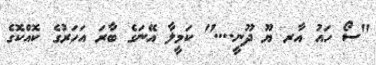
"ސޯ ހައު އާރ ޔޫ ދޫނީ...." ކަމީލާ އޭނަގެ ބާރަ އަހަރުގެ ކޮއްކޮގެ